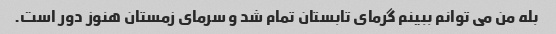
بله من می توانم ببینم گرمای تابستان تمام شد و سرمای زمستان هنوز دور است.